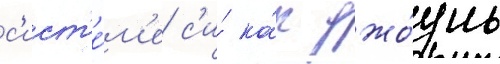
с'ист'е́м'е с'и́ ка́к джо́уль